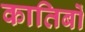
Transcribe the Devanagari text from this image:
कातिबों